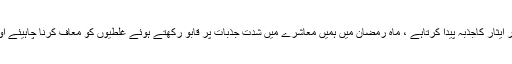
انہوں نے کہاکہ روزہ انسان کے اندر صبر اور ایثار کاجذبہ پیدا کرتاہے ، ماہ رمضان میں ہمیں معاشرے میں شدت جذبات پر قابو رکھتے ہوئے غلطیوں کو معاف کرنا چاہیئے اور دراصل جذبات پر قابو رکھنا ہی تقویٰ ہے ۔